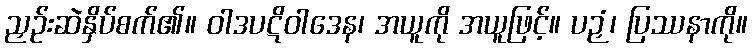
ညှဉ်းဆဲနှိပ်စက်၏။ ဝါဒပဋိဝါဒေန၊ အယူကို အယူဖြင့်။ ပဉှံ၊ ပြဿနာကို။